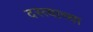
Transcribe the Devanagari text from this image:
दस्त्याच्या